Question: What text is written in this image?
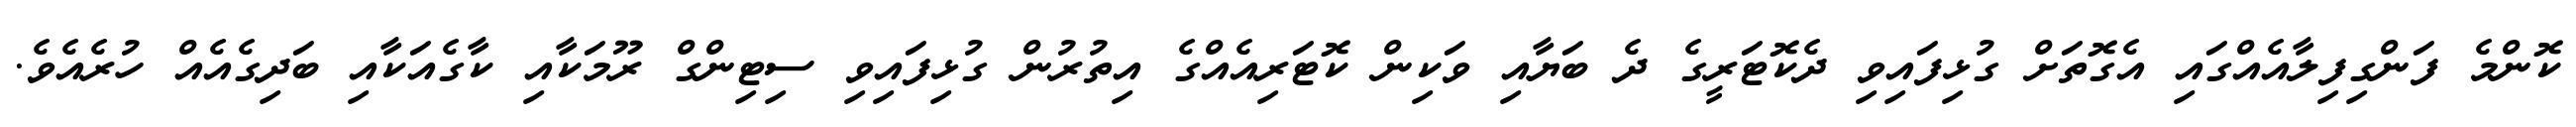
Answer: ކޮންމެ ފަންގިފިލާއެއްގައި އެގޮތަށް ގުޅިފައިވި ދެކޮޓަރީގެ ދެ ބަޔާއި ވަކިން ކޮޓަރިއެއްގެ އިތުރުން ގުޅިފައިވި ސިޓިންގް ރޫމަކާއި ކާގެއަކާއި ބަދިގެއެއް ހުރެއެވެ.